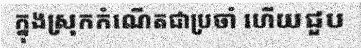
ក្នុងស្រុកកំណើតជាប្រចាំ ហើយជួប